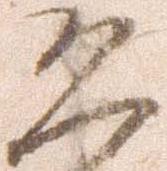
恐